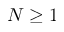
N \geq 1